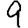
Digit: 9